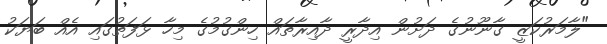
"ލާމަރުކަޒީ ގާނޫނުގެ ދަށުން އިދާރީ ދާއިރާތައް ހިންގުމުގެ މިހާ ޅަފަތުގައި އެއް ބަޔަކު